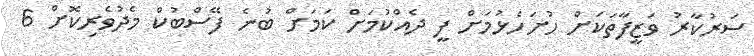
ސަރުކާރު ވަޒީފާތަކަށް ހުށަހެޅުމަށް ފީ ދެއްކުމަށް ކަމަށް ބުނެ ފޭސްބުކް މެދުވެރިކޮށް 6